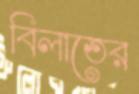
বিলাতের